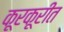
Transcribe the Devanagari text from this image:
कूरकूरीत